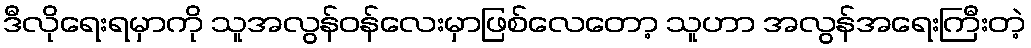
ဒီလိုရေးရမှာကို သူအလွန်ဝန်လေးမှာဖြစ်လေတော့ သူဟာ အလွန်အရေးကြီးတဲ့